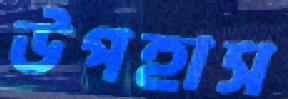
উপহাস